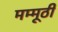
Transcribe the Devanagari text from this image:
मम्मूठी